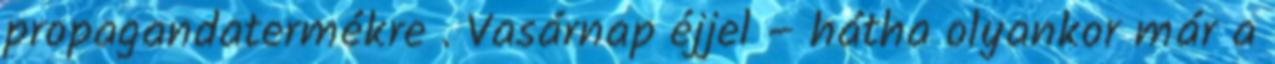
propagandatermékre . Vasárnap éjjel – hátha olyankor már a